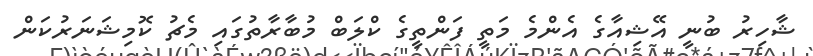
ޝާހިރު ބުނީ އޭޝިއާގެ އެންމެ މަތީ ފަންތީގެ ކްލަބް މުބާރާތުގައި މެޗު ކޮމިޝަނަރުކަން